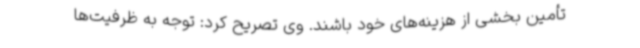
تأمین بخشی از هزینه‌های خود باشند. وی تصریح کرد: توجه به ظرفیت‌ها